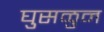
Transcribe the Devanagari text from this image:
घुसळुन